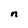
Character: n